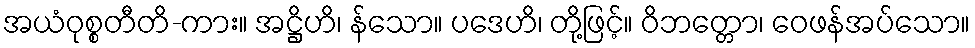
အယံဝုစ္စတီတိ-ကား။ အဋ္ဌိဟိ၊ န်သော။ ပဒေဟိ၊ တို့ဖြင့်။ ဝိဘတ္တော၊ ဝေဖန်အပ်သော။